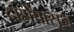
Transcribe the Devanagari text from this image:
दोहोंपासून